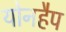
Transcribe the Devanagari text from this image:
योनहैप